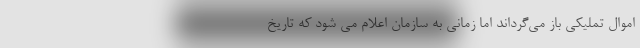
اموال تملیکی باز می‌گرداند اما زمانی به سازمان اعلام می شود که تاریخ